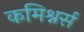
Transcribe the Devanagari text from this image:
कमिश्नर्स